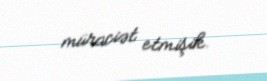
müraciət etmişik.